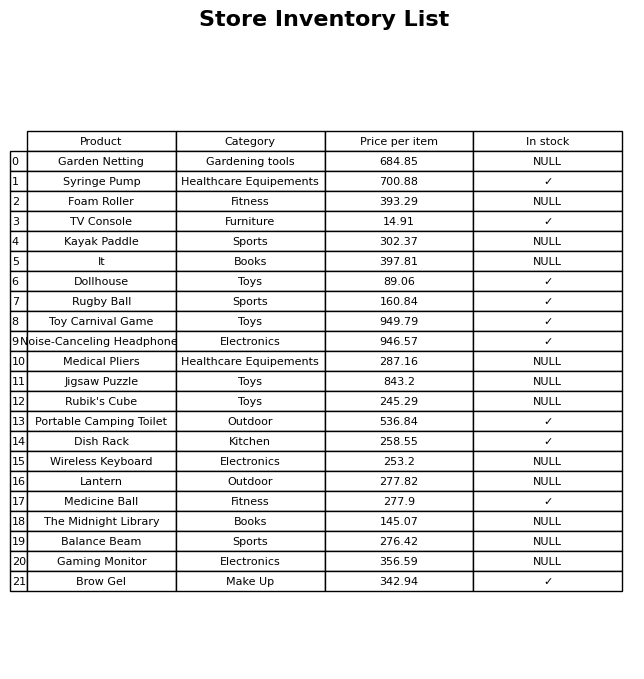
question: What is the price of the Wireless Keyboard?
answer: The price of Wireless Keyboard is 253.2.